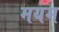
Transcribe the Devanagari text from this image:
मयम